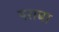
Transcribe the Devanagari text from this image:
षराबा